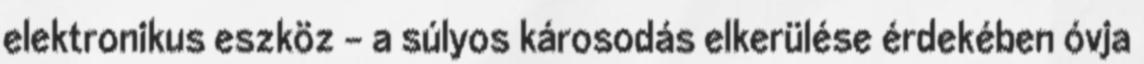
elektronikus eszköz – a súlyos károsodás elkerülése érdekében óvja